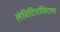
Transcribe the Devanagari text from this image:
लेविटिरासिटाम